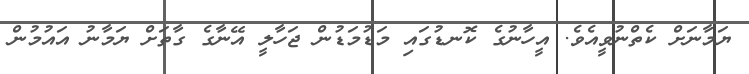
ޔަމާނަށް ކެތްނުވީއެވެ. އީހާނުގެ ކޮނޑުގައި މަޑުމަޑުން ޖަހާލީ އޭނާގެ ގާތަށް ޔަމާނު އައުމުން